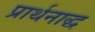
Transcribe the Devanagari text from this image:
प्रार्थनाद्ध